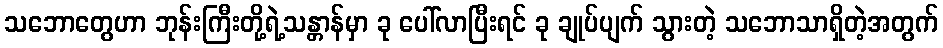
သဘောတွေဟာ ဘုန်းကြီးတို့ရဲ့သန္တာန်မှာ ခု ပေါ်လာပြီးရင် ခု ချုပ်ပျက် သွားတဲ့ သဘောသာရှိတဲ့အတွက်